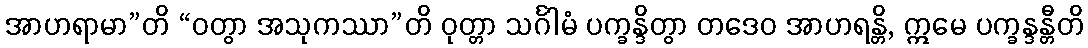
အာဟရာမာ”တိ “ဝတွာ အသုကဿာ”တိ ဝုတ္တာ သင်္ဂါမံ ပက္ခန္ဒိတွာ တဒေဝ အာဟရန္တိ, ဣမေ ပက္ခန္ဒန္တီတိ